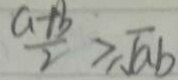
\frac { a + b } { 2 } \geq \sqrt { a b }